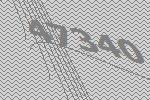
47340